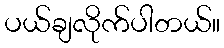
ပယ်ချလိုက်ပါတယ်။